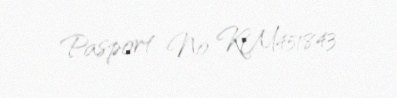
Pasport № KM451843